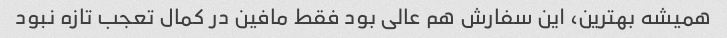
همیشه بهترین، این سفارش هم عالی بود فقط مافین در کمال تعجب تازه نبود